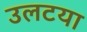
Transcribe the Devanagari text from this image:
उलटया